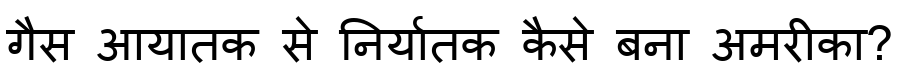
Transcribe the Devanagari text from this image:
गैस आयातक से निर्यातक कैसे बना अमरीका?